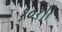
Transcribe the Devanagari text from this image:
१०१।।